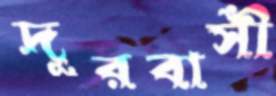
দূরবাসী